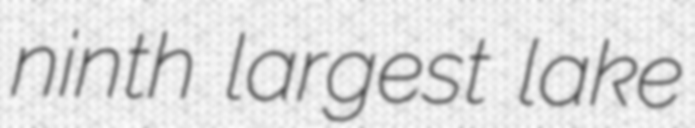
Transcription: ninth largest lake